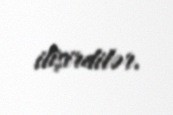
ilişirdilər.